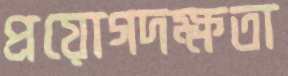
প্রয়োগদক্ষতা